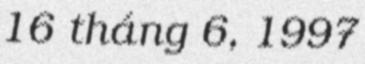
16 tháng 6, 1997